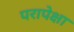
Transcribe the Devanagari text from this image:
परापेक्षा